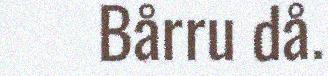
Bårru då.